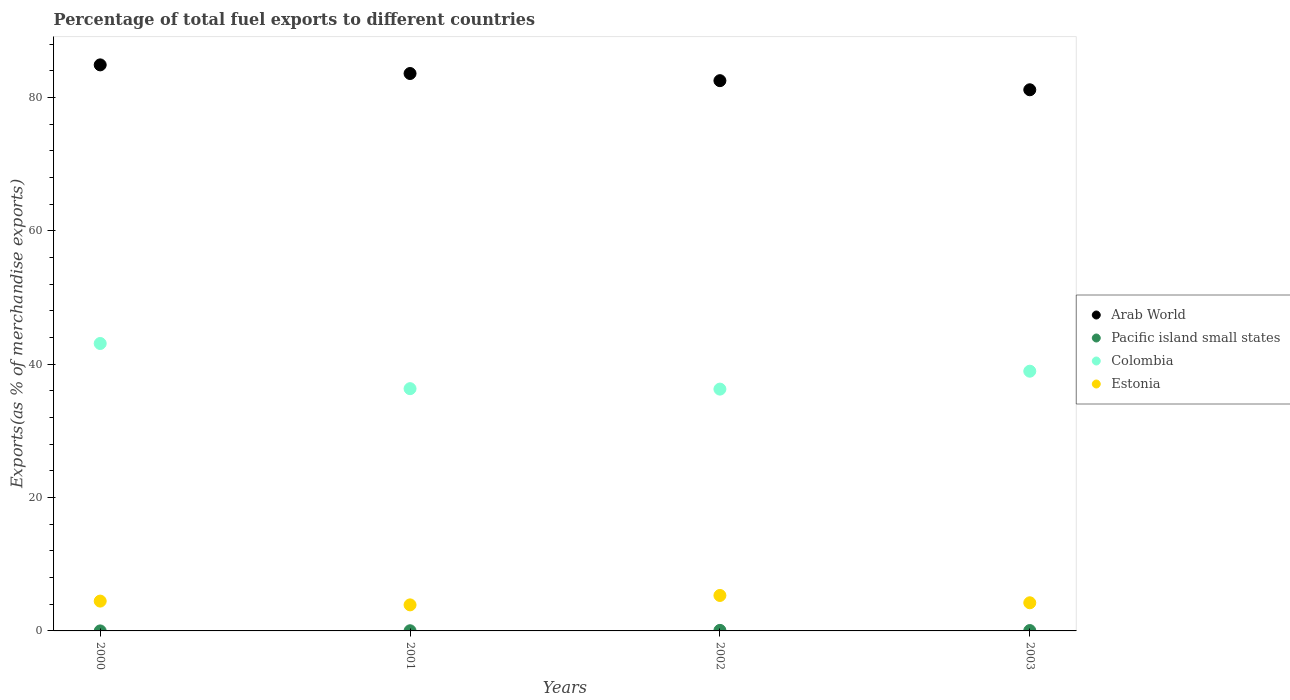
| Years | Arab World | Pacific island small states | Colombia | Estonia |
 | --- | --- | --- | --- | --- |
 | 2000 | 84.9 | 0.00124 | 43.1 | 4.47 |
 | 2001 | 83.6 | 0.0245 | 36.3 | 3.91 |
 | 2002 | 82.5 | 0.0815 | 36.3 | 5.32 |
 | 2003 | 81.2 | 0.0542 | 39 | 4.22 |